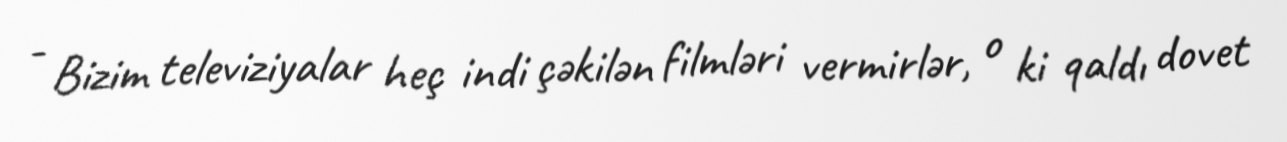
- Bizim televiziyalar heç indi çəkilən filmləri vermirlər, o ki qaldı dovet